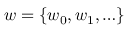
\boldsymbol { w } = \{ w _ { 0 } , w _ { 1 } , \ldots \}